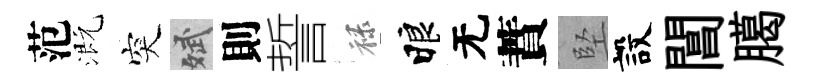
范溉突斌則誓禄睱无蕡堅設閶臈